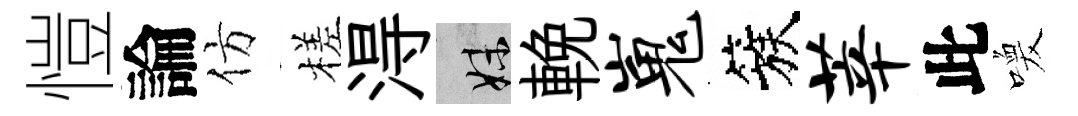
愷論仿槎淂妹輓嵬簇莘此喚